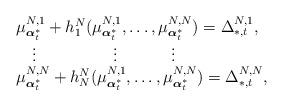
LaTeX: \begin{align*}\begin{array}{l} \mu^{N,1}_{\boldsymbol{\alpha}^*_t}+h_1^N(\mu^{N,1}_{\boldsymbol{\alpha}^*_t},\ldots,\mu^{N,N}_{\boldsymbol{\alpha}^*_t})=\Delta^{N,1}_{*,t},\\\quad\vdots \qquad\qquad~~\vdots\qquad~~~~\vdots\\\mu^{N,N}_{\boldsymbol{\alpha}^*_t}+h_N^N(\mu^{N,1}_{\boldsymbol{\alpha}^*_t},\ldots,\mu^{N,N}_{\boldsymbol{\alpha}^*_t})=\Delta^{N,N}_{*,t},\end{array}\end{align*}